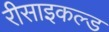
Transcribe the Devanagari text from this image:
रीसाइकल्ड